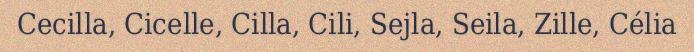
Cecilla, Cicelle, Cilla, Cili, Sejla, Seila, Zille, Célia